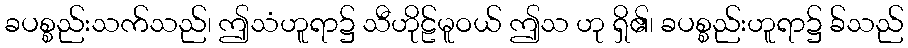
ခပစ္စည်းသက်သည်၊ ဤသံဟူရာ၌ သီဟိုဠ်မူဝယ် ဤသ ဟု ရှိ၏၊ ခပစ္စည်းဟူရာ၌ ခ်သည်